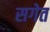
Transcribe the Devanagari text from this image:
सगेत